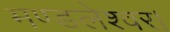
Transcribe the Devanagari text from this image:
मण्डलेश्वर।